Report on vaccination in the Province of Bengal - 1874-1889
Year: 1874
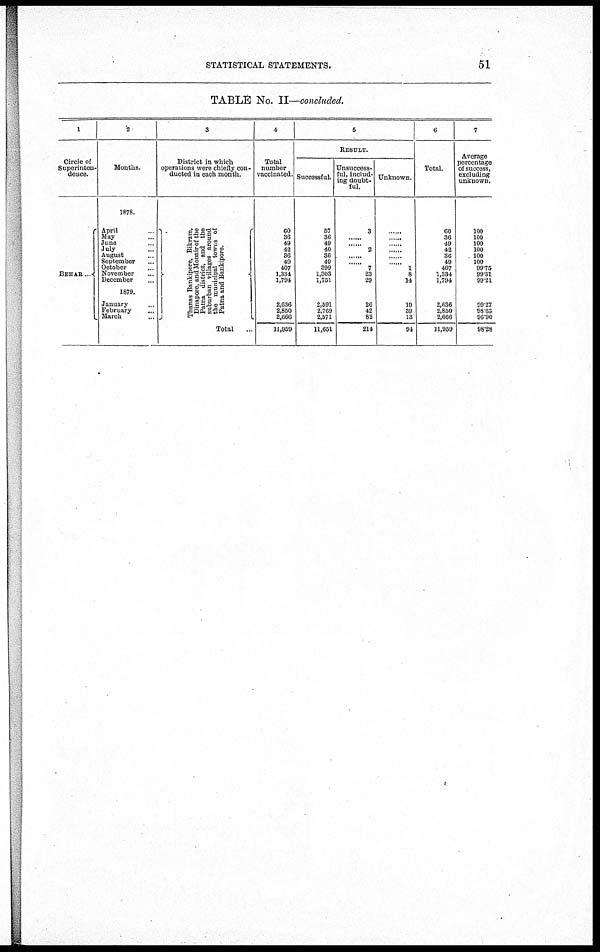
STATISTICAL STATEMENTS.
51
TABLE No. II—concluded.
1
Circle of
Superinten-
dence.
BEHAR ...
2
Months.
1878.
April ...
May ...
June ...
July ...
August ...
September ...
October ...
November ...
December ...
1879.
January ...
February ...
March ...
3
District in which
operations were chiefly con-
ducted in each month.
Thanas Bankipore, Bikram,
Dinapore, and Monair of the
Patna district, and the
suburban villages around
the municipal towns of
Patna and Bankipore.
Total ...
4
Total
number
vaccinated
60
36
49
42
36
49
407
1,334
1,794
2,636
2,850
2,666
11,959
5
RESULT.
Successful.
57
36
49
40
36
49
399
1,303
1,751
2,591
2,769
2,571
11,651
Unsuccess-
ful, includ-
ing doubt-
ful.
3
......
......
2
......
......
7
23
29
26
42
82
214
Unknown.
......
......
......
......
......
......
1
8
14
19
39
13
94
6
Total.
60
36
49
42
36
49
407
1,334
1,794
2,636
2,850
2,666
11,959
7
Average
percentage
of success,
excluding
unknown.
100
100
100
100
100
100
99.75
99.31
99.21
99.27
98.63
96.90
98.28